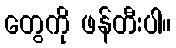
တွေကို ဖန်တီးပါ။